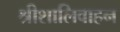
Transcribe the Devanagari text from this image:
श्रीशालिवाहन